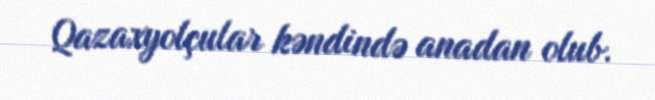
Qazaxyolçular kəndində anadan olub.